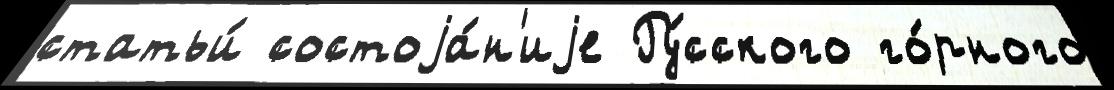
статьи́ состоjа́н'иjе Ру́сского го́рного